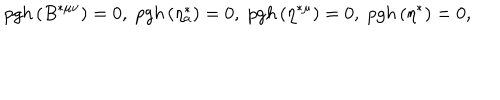
p g h \left( B ^ { * \mu \nu } \right) = 0 , \; p g h \left( \eta _ { a } ^ { * } \right) = 0 , \; p g h \left( \eta ^ { * \mu } \right) = 0 , \; p g h \left( \eta ^ { * } \right) = 0 ,